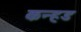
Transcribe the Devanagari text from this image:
कन्हड